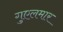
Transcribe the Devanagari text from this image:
गुएलमार